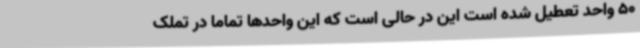
50 واحد تعطیل شده است این در حالی است که این واحدها تماماً در تملک